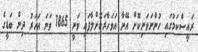
ރައީސްކަމުގައި ހުންނަވަނިކޮށް އޭނާ އަވަހާރަކޮށްލާފައި ވަނީ 1865 ވަނަ އަހަރު ދިން ބަޑީގެ